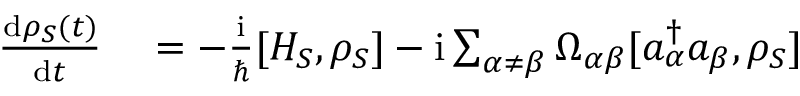
\begin{array} { r l } { \frac { \mathrm { d } \rho _ { S } ( t ) } { \mathrm { d } t } } & { { } = - \frac { \mathrm { i } } { \hbar } [ H _ { S } , \rho _ { S } ] - \mathrm { i } \sum _ { \alpha \neq \beta } \Omega _ { \alpha \beta } [ a _ { \alpha } ^ { \dagger } a _ { \beta } , \rho _ { S } ] } \end{array}